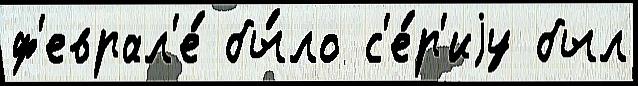
ф'еврал'е́ бы́ло с'е́р'иjу был